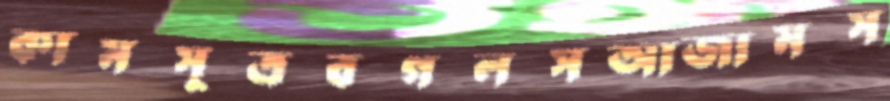
কামসূত্রবগলসআজামস